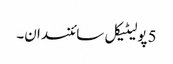
5 پولیٹیکل سائنسدان۔